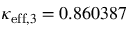
\kappa _ { \mathrm { e f f } , 3 } = 0 . 8 6 0 3 8 7